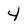
Character: 4